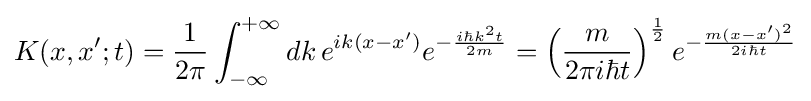
K(x,x';t)={\frac {1}{2\pi }}\int _{-\infty }^{+\infty }dk\,e^{ik(x-x')}e^{-{\frac {i\hbar k^{2}t}{2m}}}=\left({\frac {m}{2\pi i\hbar t}}\right)^{\frac {1}{2}}e^{-{\frac {m(x-x')^{2}}{2i\hbar t}}}